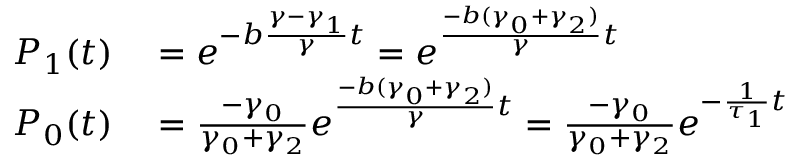
\begin{array} { r l } { P _ { 1 } ( t ) } & { { } = e ^ { - b \frac { \gamma - \gamma _ { 1 } } { \gamma } t } = e ^ { \frac { - b ( \gamma _ { 0 } + \gamma _ { 2 } ) } { \gamma } t } } \\ { P _ { 0 } ( t ) } & { { } = \frac { - \gamma _ { 0 } } { \gamma _ { 0 } + \gamma _ { 2 } } e ^ { \frac { - b ( \gamma _ { 0 } + \gamma _ { 2 } ) } { \gamma } t } = \frac { - \gamma _ { 0 } } { \gamma _ { 0 } + \gamma _ { 2 } } e ^ { - \frac { 1 } { \tau _ { 1 } } t } } \end{array}